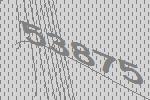
53875